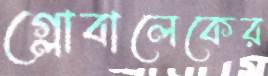
গ্লোবালেকের